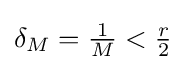
\delta _{M}={\tfrac {1}{M}}<{\tfrac {r}{2}}